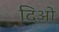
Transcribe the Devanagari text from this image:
दिओ